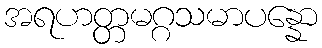
အရဟတ္တမဂ္ဂသမာပန္နော